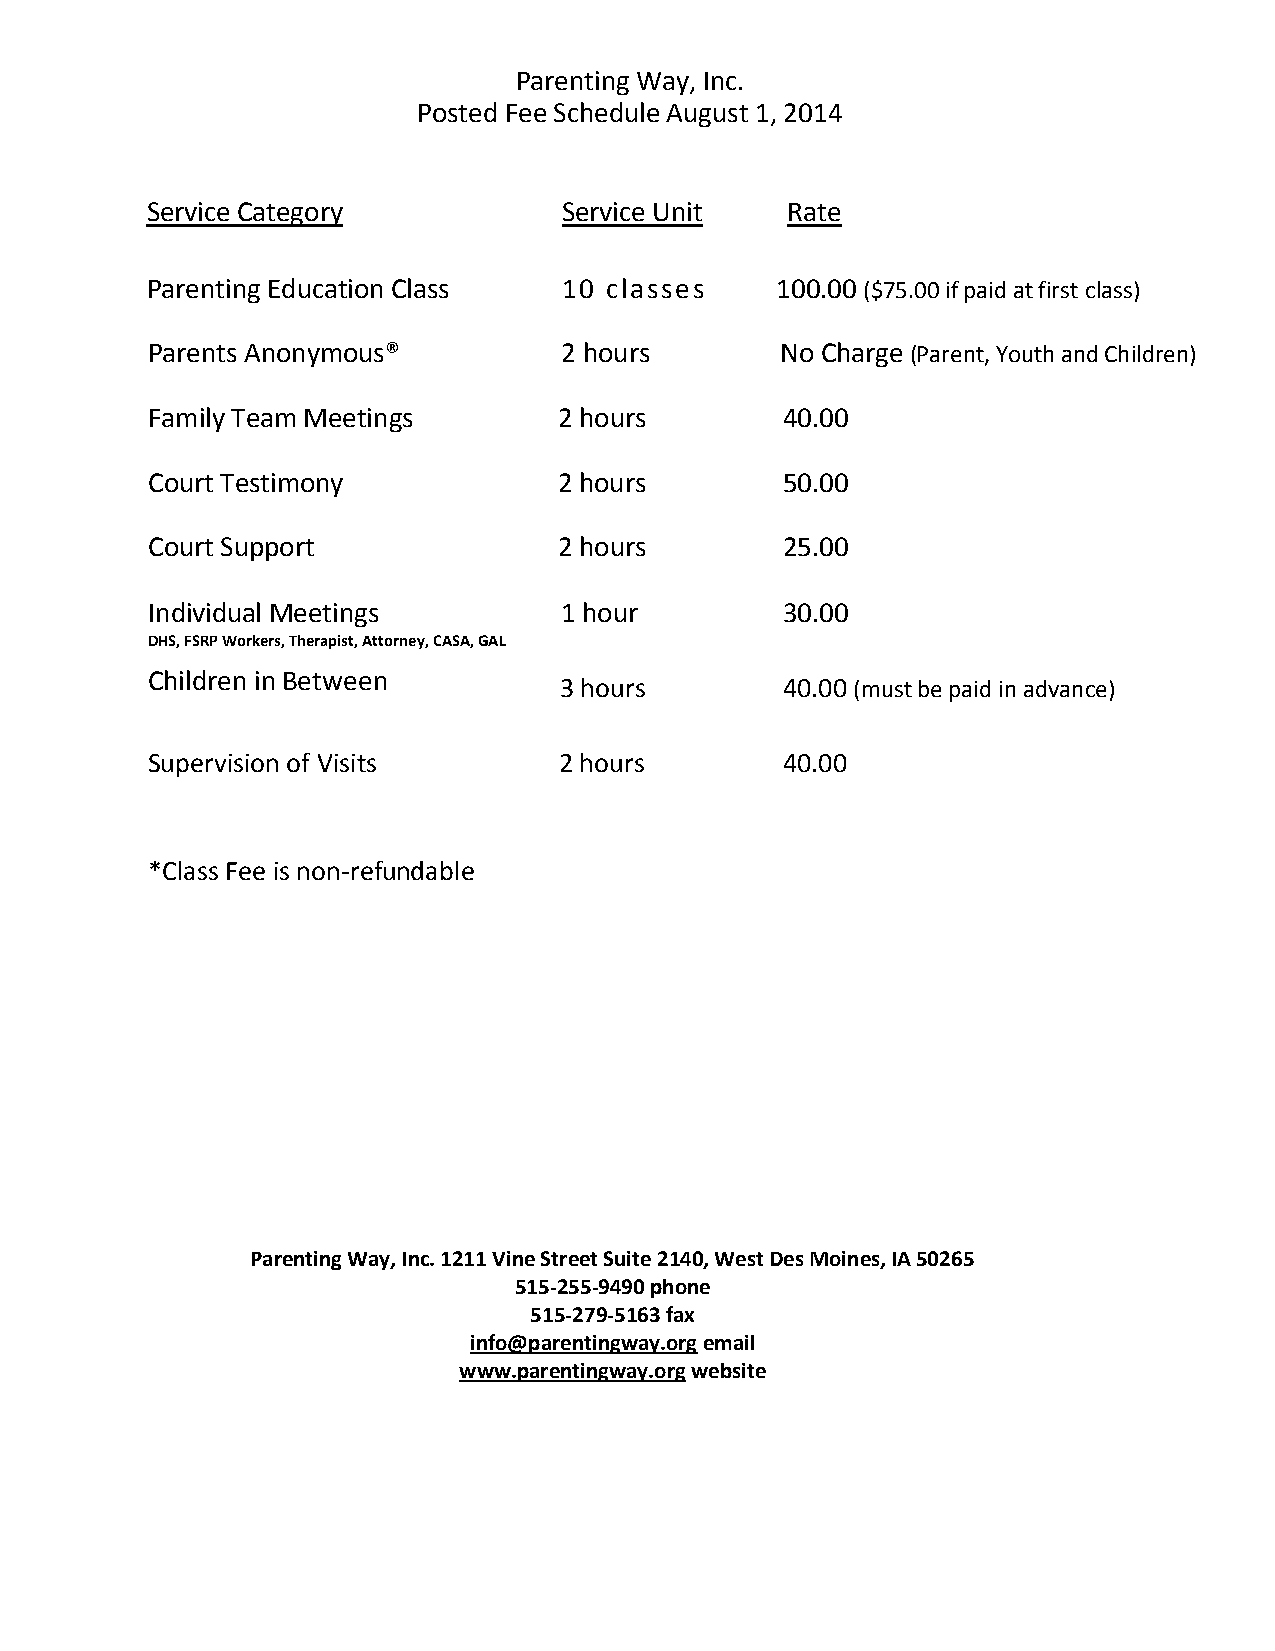
Parenting Way, Inc.
 Posted Fee Schedule August 1, 2014
 Service Category           Service Unit   Rate
 Parenting Education Class  10 classes    100.00 ($75.00 if paid at first class)
 Parents Anonymous®         2(2 hhor urs   No Charge (Parent, Youth and Children)
 Family Team Meetings       2 hours        40.00
 Court Testimony            2 hours        50.00
 Court Support              2 hours        25.00
 Individual Meetings        1 hour         30.00
 DHS, FSRP Workers, Therapist, Attorney, CASA, GAL
 Children in Between
 3 hours        40.00 (must be paid in advance)
 Supervision of Visits      2 hours        40.00
 *Class Fee is non-refundable
 Parenting Way, Inc. 1211 Vine Street Suite 2140, West Des Moines, IA 50265
 515-25 5-9490 phone
 515-279-5163 fax
 info@parentingway.org email
 www.parentingway.org website